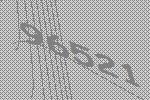
96521